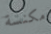
مكنسة